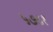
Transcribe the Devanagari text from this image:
५७८१